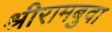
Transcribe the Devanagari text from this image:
श्रीरामबुवा